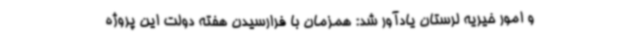
و امور خیریه لرستان یادآور شد:‌ همزمان با فرارسیدن هفته دولت این پروژه